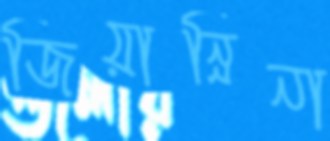
জিয়ান্নিনা